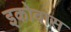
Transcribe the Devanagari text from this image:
इकोवास